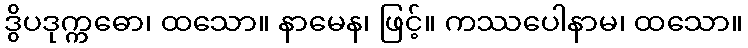
ဒွိပဒုက္ကဓော၊ ထသော။ နာမေန၊ ဖြင့်။ ကဿပေါနာမ၊ ထသော။